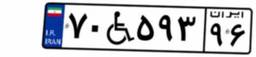
۷۰W۵۹۳۹۶